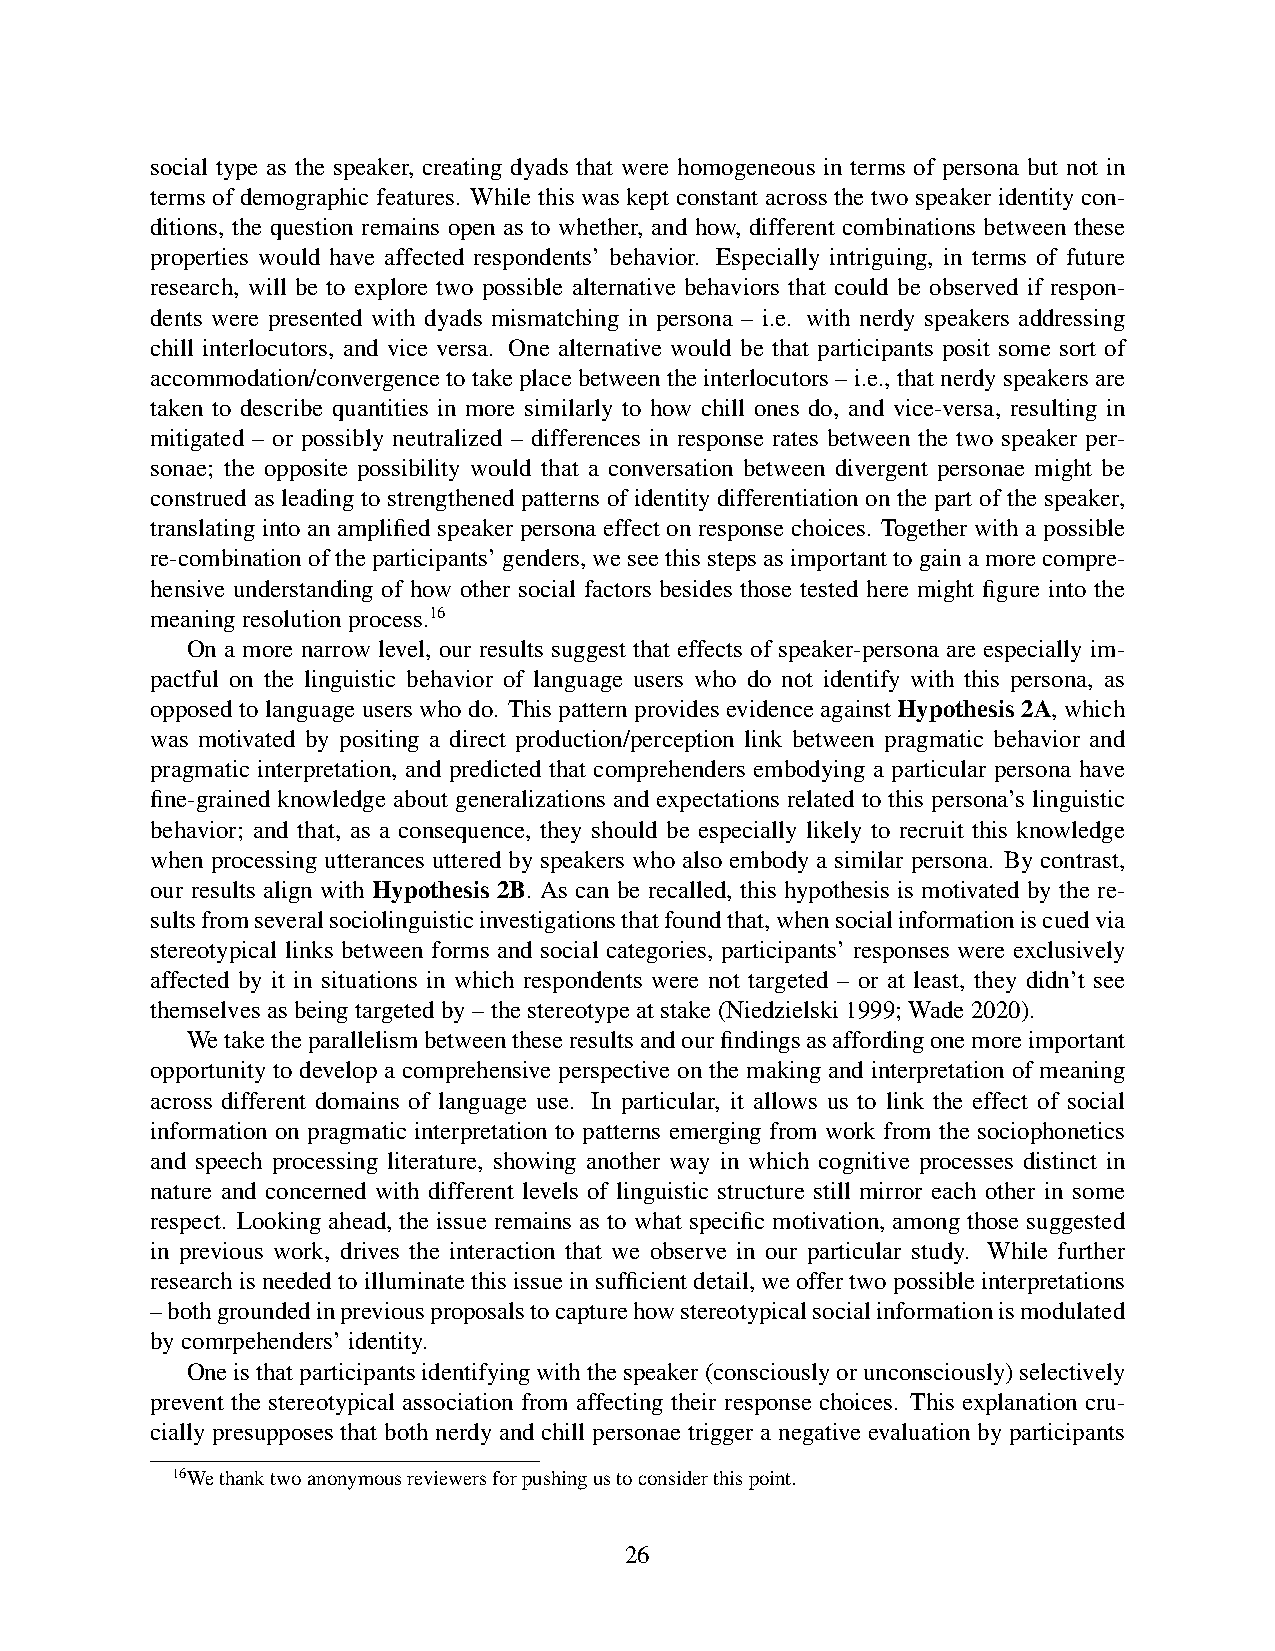
social type as the speaker, creating dyads that were homogeneous in terms of persona but not in
 terms of demographic features. While this was kept constant across the two speaker identity con-
 ditions, the question remains open as to whether, and how, different combinations between these
 properties would have affected respondents’ behavior. Especially intriguing, in terms of future
 research, will be to explore two possible alternative behaviors that could be observed if respon-
 dents were presented with dyads mismatching in persona – i.e. with nerdy speakers addressing
 chill interlocutors, and vice versa. One alternative would be that participants posit some sort of
 accommodation/convergencetotakeplacebetweentheinterlocutors–i.e.,thatnerdyspeakersare
 taken to describe quantities in more similarly to how chill ones do, and vice-versa, resulting in
 mitigated – or possibly neutralized – differences in response rates between the two speaker per-
 sonae; the opposite possibility would that a conversation between divergent personae might be
 construed as leading to strengthened patterns of identity differentiation on the part of the speaker,
 translating into an amplified speaker persona effect on response choices. Together with a possible
 re-combinationoftheparticipants’genders,weseethisstepsasimportanttogainamorecompre-
 hensive understanding of how other social factors besides those tested here might figure into the
 meaningresolutionprocess.16
 On a more narrow level, our results suggest that effects of speaker-persona are especially im-
 pactful on the linguistic behavior of language users who do not identify with this persona, as
 opposed to language users who do. This pattern provides evidence against Hypothesis 2A, which
 was motivated by positing a direct production/perception link between pragmatic behavior and
 pragmatic interpretation, and predicted that comprehenders embodying a particular persona have
 fine-grained knowledge about generalizations and expectations related to this persona’s linguistic
 behavior; and that, as a consequence, they should be especially likely to recruit this knowledge
 when processing utterances uttered by speakers who also embody a similar persona. By contrast,
 our results align with Hypothesis 2B. As can be recalled, this hypothesis is motivated by the re-
 sultsfromseveralsociolinguisticinvestigationsthatfoundthat,whensocialinformationiscuedvia
 stereotypical links between forms and social categories, participants’ responses were exclusively
 affected by it in situations in which respondents were not targeted – or at least, they didn’t see
 themselvesasbeingtargetedby–thestereotypeatstake(Niedzielski1999;Wade2020).
 Wetaketheparallelismbetweentheseresultsandourfindingsasaffordingonemoreimportant
 opportunity to develop a comprehensive perspective on the making and interpretation of meaning
 across different domains of language use. In particular, it allows us to link the effect of social
 information on pragmatic interpretation to patterns emerging from work from the sociophonetics
 and speech processing literature, showing another way in which cognitive processes distinct in
 nature and concerned with different levels of linguistic structure still mirror each other in some
 respect. Looking ahead, the issue remains as to what specific motivation, among those suggested
 in previous work, drives the interaction that we observe in our particular study. While further
 researchisneededtoilluminatethisissueinsufficientdetail,weoffertwopossibleinterpretations
 –bothgroundedinpreviousproposalstocapturehowstereotypicalsocialinformationismodulated
 bycomrpehenders’identity.
 Oneisthatparticipantsidentifyingwiththespeaker(consciouslyorunconsciously)selectively
 prevent the stereotypical association from affecting their response choices. This explanation cru-
 cially presupposes that both nerdy and chill personae trigger a negative evaluation by participants
 16Wethanktwoanonymousreviewersforpushingustoconsiderthispoint.
 26